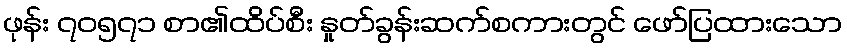
ဖုန်း ၇၀၅၇၁ စာ၏ထိပ်စီး နှုတ်ခွန်းဆက်စကားတွင် ဖော်ပြထားသော